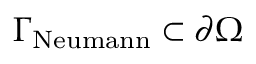
\Gamma _ { \mathrm { N e u m a n n } } \subset \partial \Omega